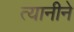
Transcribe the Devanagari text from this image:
त्यानीने